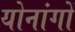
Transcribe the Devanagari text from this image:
योनांगों